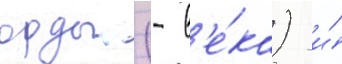
орды (- в'е́ка) и́